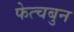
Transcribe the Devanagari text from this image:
फेत्चबुन